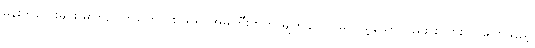
မိန်းကလေးများ မကြည်ကြကြောင်း သိ၍ အိမ်ကြီးဘက် မျက်နှာပင် မလှည့်သော်လည်း စကားလာပြောသည့်